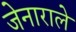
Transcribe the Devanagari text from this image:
जेनाराले